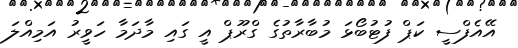
އޭއެފްސީ ކަޕް ފުޓުބޯޅަ މުބާރާތުގެ ގްރޫޕް އީ ގައި މާދަމާ ހަވީރު އަމިއްލަ